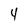
Character: 4